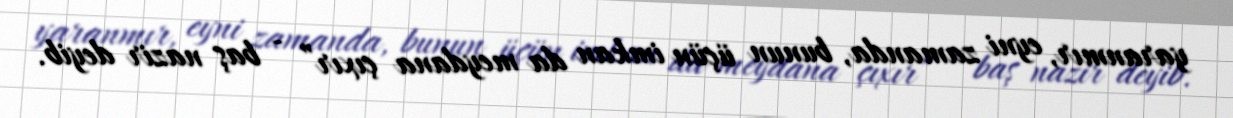
yaranmır, eyni zamanda, bunun üçün imkan da meydana çıxır” - baş nazir deyib.